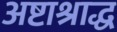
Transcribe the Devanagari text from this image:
अष्टाश्राद्ध